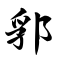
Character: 郛